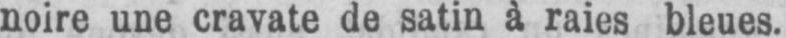
noire une cravate de satin à raies bleues.